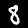
Label: 8